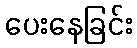
ပေးနေခြင်း